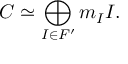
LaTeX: C \simeq \bigoplus _ { I \in F ^ { \prime } } m _ { I } I .